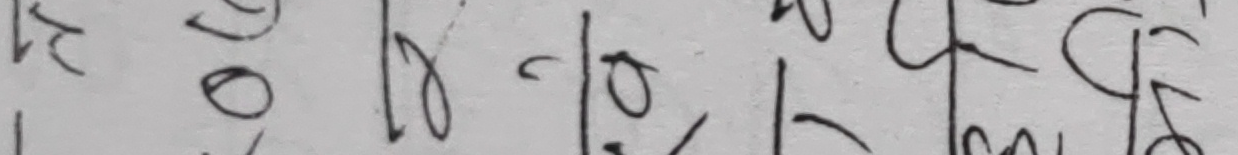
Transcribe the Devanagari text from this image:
क१८-१० | र